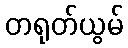
တရုတ်ယွမ်